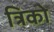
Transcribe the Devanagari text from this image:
त्रिको